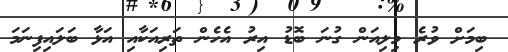
ބިމަށް ވުރެ މިލިއަން ގުނަ ބޮޑު އިރު އެހެން ތަރިއަކާއި އަޅާ ބަލައިފިނަމަ